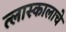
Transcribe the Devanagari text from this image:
त्लास्कालाचे